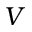
V